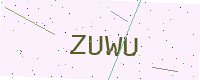
Text: ZUWU